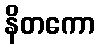
နိတကော